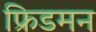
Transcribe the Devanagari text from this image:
फ्रिडमन